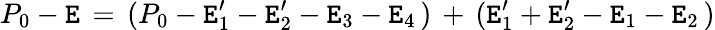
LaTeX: P_{0}-\mathtt{E}\, =\, (P_{0}-\mathtt{E}_{1}^{\prime}-\mathtt{E}_{2}^{\prime}-\mathtt{E}_{3}-\mathtt{E}_{4}\, )\, +\, (\mathtt{E}_{1}^{\prime}+\mathtt{E}_{2}^{\prime}-\mathtt{E}_{1}-\mathtt{E}_{2}\, )